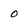
Character: 0